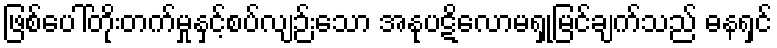
ဖြစ်ပေါ်တိုးတက်မှုနှင့်စပ်လျဉ်းသော အနုပဋိလောမရှုမြင်ချက်သည် ဓနရှင်